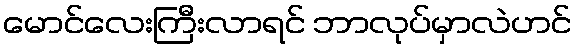
မောင်လေးကြီးလာရင် ဘာလုပ်မှာလဲဟင်